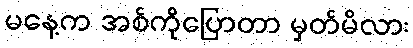
မနေ့က အစ်ကိုပြောတာ မှတ်မိလား